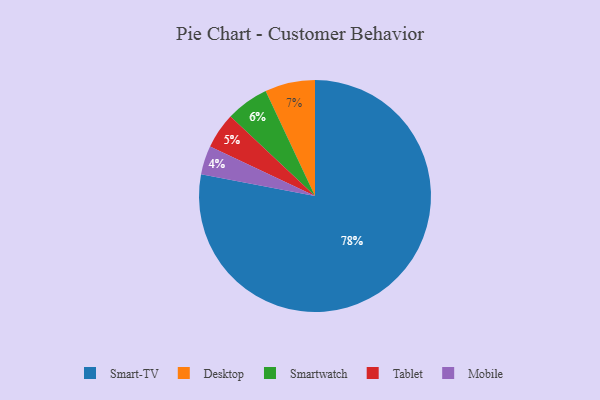
{"axis": {"x": "Category", "y": "Percentage"}, "legend": ["Desktop", "Mobile", "Smart-TV", "Smartwatch", "Tablet"], "data": [{"x": "Smart-TV", "y": 78, "type": "Smart-TV"}, {"x": "Mobile", "y": 4, "type": "Mobile"}, {"x": "Smartwatch", "y": 6, "type": "Smartwatch"}, {"x": "Tablet", "y": 5, "type": "Tablet"}, {"x": "Desktop", "y": 7, "type": "Desktop"}]}